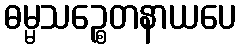
ဓမ္မသဉ္စေတနာယပေ